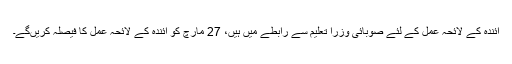
آئندہ کے لائحہ عمل کے لئے صوبائی وزرا تعلیم سے رابطے میں ہیں، 27 مارچ کو آئندہ کے لائحہ عمل کا فیصلہ کریںگے۔